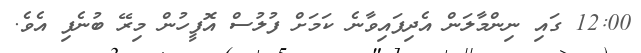
12:00 ގައި ނިންމާލަން އެދިފައިވާނެ ކަމަށް ފުލުސް އޮފީހުން މިރޭ ބުނެފި އެވެ.